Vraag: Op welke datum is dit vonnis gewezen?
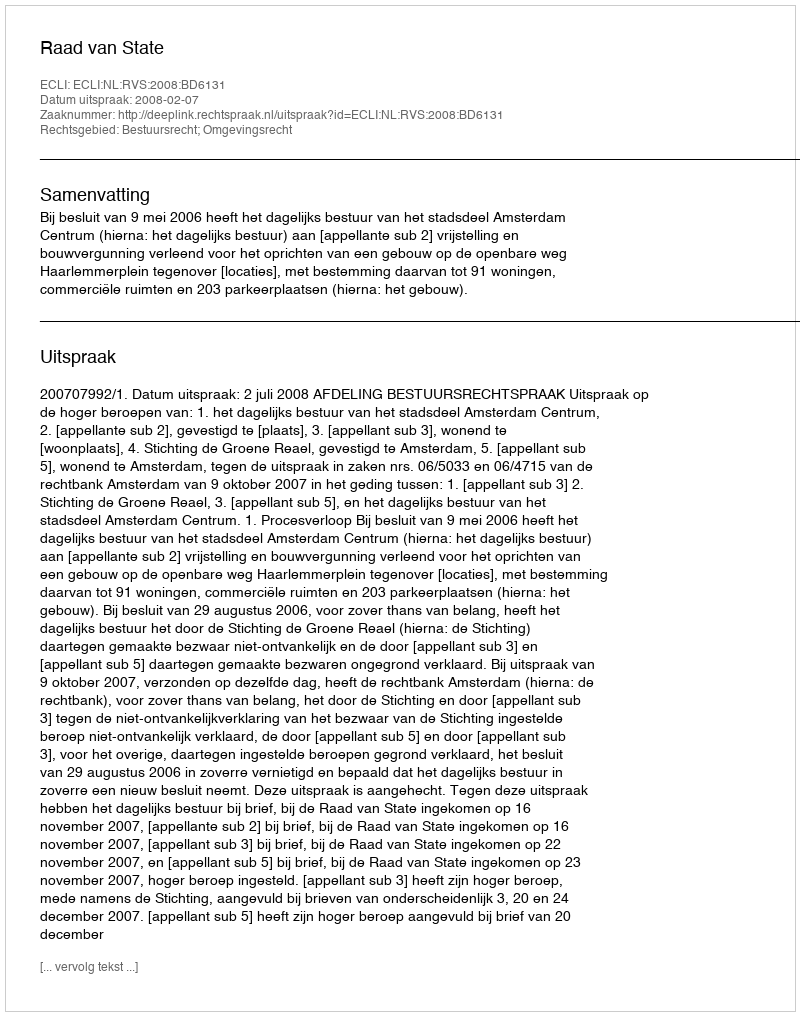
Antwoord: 2008-02-07